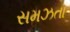
સમઝતા